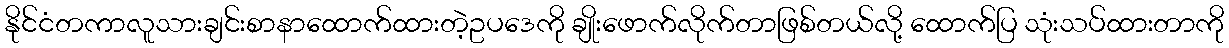
နိုင်ငံတကာလူသားချင်းစာနာထောက်ထားတဲ့ဥပဒေကို ချိုးဖောက်လိုက်တာဖြစ်တယ်လို့ ထောက်ပြ သုံးသပ်ထားတာကို